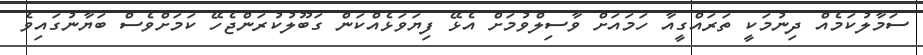
ސަމާލުކަމެއް ދިނުމަކީ ތަރައްގީއާ ހަމައަށް ވާސިލްވުމަށް އެޅޭ ފިޔަވަޅެއްކަން ގަބޫލުކުރަންޖެހޭ ކަމަށްވެސް ބަޔާނުގައިވެ